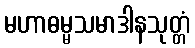
မဟာဓမ္မသမာဒါနသုတ္တံ